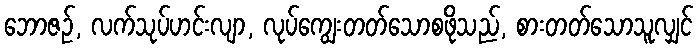
ဘောဇဉ်, လက်သုပ်ဟင်းလျာ, လုပ်ကျွေးတတ်သောစဖိုသည်, စားတတ်သောသူလျှင်